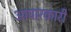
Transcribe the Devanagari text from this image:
आघारकारी